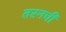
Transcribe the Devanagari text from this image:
तरनची